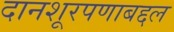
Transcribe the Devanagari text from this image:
दानशूरपणाबद्दल